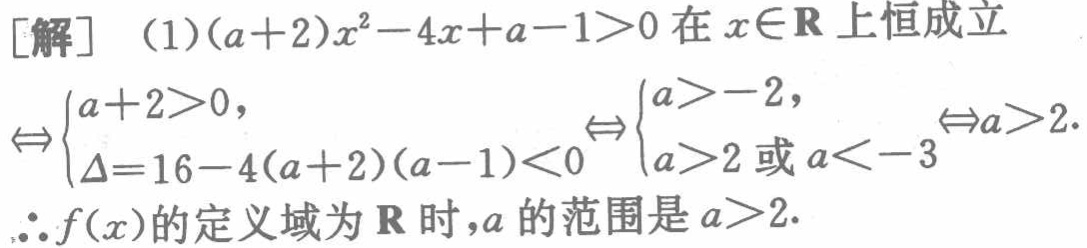
[解] （1）\((a + 2)x^{2}-4x + a - 1>0\)在\(x\in\mathbf{R}\)上恒成立

\(\Leftrightarrow\begin{cases}a + 2>0,\\\Delta = 16 - 4(a + 2)(a - 1)<0\end{cases}\Leftrightarrow\begin{cases}a>-2,\\a>2或a<-3\end{cases}\Leftrightarrow a>2.\)

\(\therefore f(x)\)的定义域为\(\mathbf{R}\)时，\(a\)的范围是\(a>2.\)